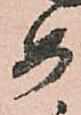
め